Indian journal of veterinary science and animal husbandry - Volume 5,
Year: 1935
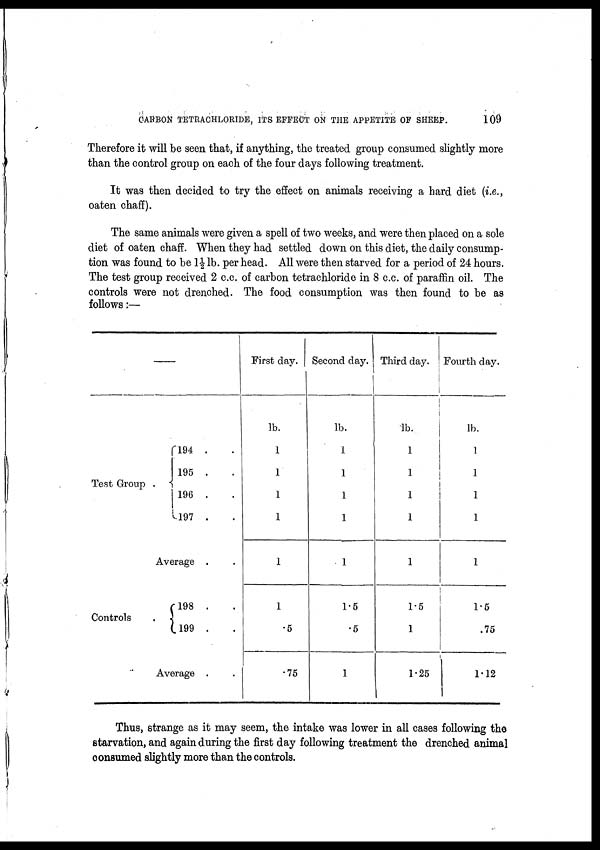
CARBON TETRACHLORIDE, ITS EFFECT ON THE APPETITE OF SHEEP.
109
Therefore it will be seen that, if anything, the treated group consumed slightly more
than the control group on each of the four days following treatment.
It was then decided to try the effect on animals receiving a hard diet (i.e.,
oaten chaff).
The same animals were given a spell of two weeks, and were then placed on a sole
diet of oaten chaff. When they had settled down on this diet, the daily consump-
tion was found to be 1½ lb. per head. All were then starved for a period of 24 hours.
The test group received 2 c.c. of carbon tetrachloride in 8 c.c. of paraffin oil. The
controls were not drenched. The food consumption was then found to be as
follows:—
—
Test Group
Controls
194 .
195 .
196 .
197 .
Average .
l98 .
199 .
Average .
First day.
lb.
1
1
1
1
1
1
.5
.75
Second day.
lb.
1
1
1
1
1
1.5
.5
1
Third day.
lb.
1
1
1
1
1
1.5
1
1.25
Fourth day.
lb.
1
1
1
1
1
1.5
.75
1.12
Thus, strange as it may seem, the intake was lower in all cases following the
starvation, and again during the first day following treatment the drenched animal
oonsumed slightly more than the controls.